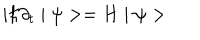
i \hbar \partial _ { t } \mid \psi > = H \mid \psi >